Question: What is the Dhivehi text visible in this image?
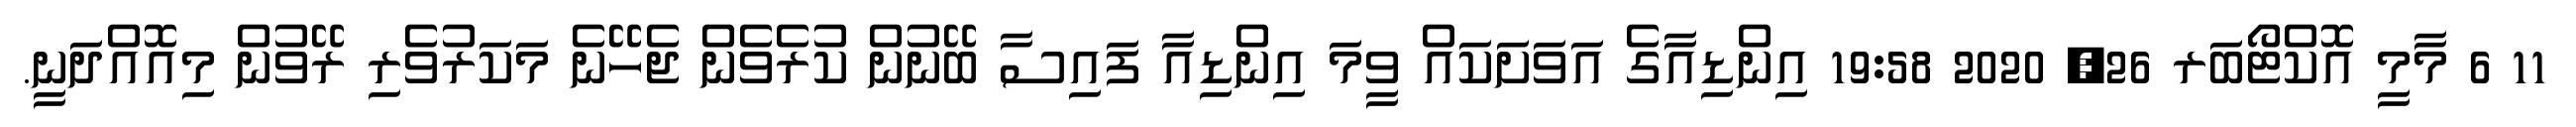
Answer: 11 6 މާމީ އޮކްޓޯބަރ 26, 2020 19:58 އިންޑިއާގެ އަވަށަކައް ވީމަ އިންޑިއާ ފައިސާ ބޭނުން ކުރެވެން ޖެހޭނެ މަކަރުވެރި ރޭވުން މިއޮއްދަނީ.